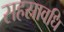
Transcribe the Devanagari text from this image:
सहस्रावधि